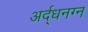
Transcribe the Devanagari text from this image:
अर्द्धनग्न